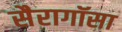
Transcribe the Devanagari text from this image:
सैरागॉसा